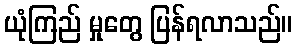
ယုံကြည် မှုတွေ ပြန်ရလာသည်။